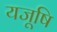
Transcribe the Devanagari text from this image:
यजूषि